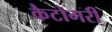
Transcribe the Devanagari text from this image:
कैटोगरी